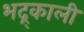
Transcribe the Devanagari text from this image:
भद्र्काली